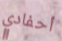
أحفادي